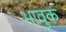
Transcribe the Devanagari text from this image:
भावुक